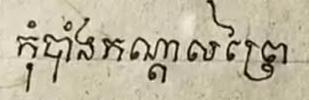
កុំបាំងកណ្ដាលព្រៃ